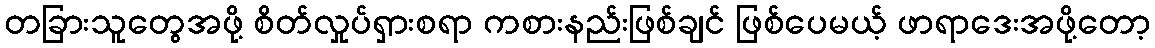
တခြားသူတွေအဖို့ စိတ်လှုပ်ရှားစရာ ကစားနည်းဖြစ်ချင် ဖြစ်ပေမယ့် ဖာရာဒေးအဖို့တော့